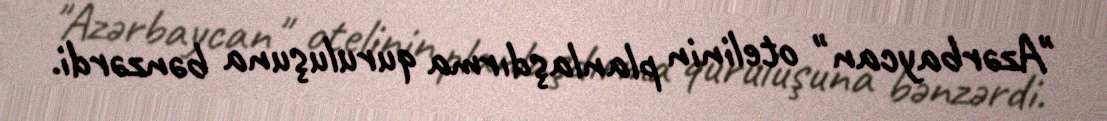
"Azərbaycan" otelinin planlaşdırma quruluşuna bənzərdi.